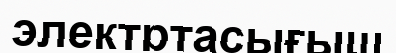
электртасығыш